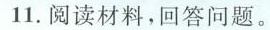
11. 阅读材料，回答问题。